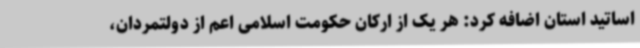
اساتید استان اضافه کرد: هر یک از ارکان حکومت اسلامی اعم از دولتمردان،